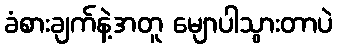
ခံစားချက်နဲ့အတူ မျောပါသွားတာပဲ